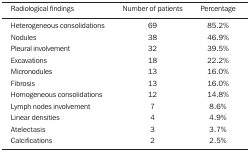
| Radiological findings | Number of patients | Percentage |
 | --- | --- | --- |
 | Heterogeneous consolidations | 69 | 85.2% |
 | Nodules | 38 | 46.9% |
 | Pleural involvement | 32 | 39.5% |
 | Excavations | 18 | 22.2% |
 | Micronodules | 13 | 16.0% |
 | Fibrosis | 13 | 16.0% |
 | Homogeneous consolidations | 12 | 14.8% |
 | Lymph nodes involvement | 7 | 8.6% |
 | Linear densities | 4 | 4.9% |
 | Atelectasis | 3 | 3.7% |
 | Calcifications | 2 | 2.5% |